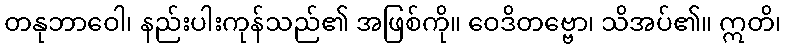
တနုဘာဝေါ၊ နည်းပါးကုန်သည်၏ အဖြစ်ကို။ ဝေဒိတဗ္ဗော၊ သိအပ်၏။ ဣတိ၊